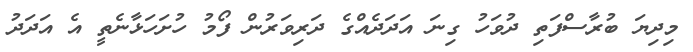
މިދިޔަ ބުރާސްފަތި ދުވަހު ގިނަ އަދަދެއްގެ ދަރިވަރުން ފޯމު ހުށަހަޅާނެތީ އެ އަދަދު